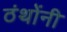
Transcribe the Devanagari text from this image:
ठंथोंनी